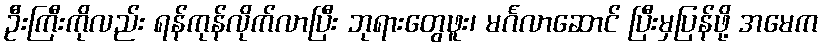
ဦးကြီးကိုလည်း ရန်ကုန်လိုက်လာပြီး ဘုရားတွေဖူး၊ မင်္ဂလာဆောင် ပြီးမှပြန်ဖို့ အမေက